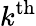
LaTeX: k^{\textrm{th}}